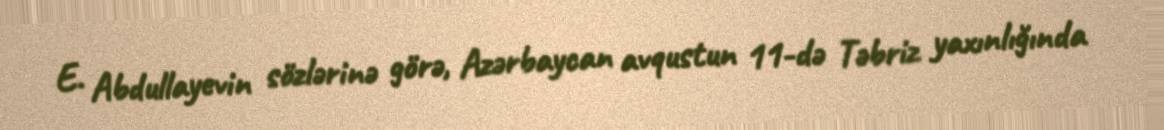
E. Abdullayevin sözlərinə görə, Azərbaycan avqustun 11-də Təbriz yaxınlığında